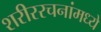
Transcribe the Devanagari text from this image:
शरीररचनांमध्ये